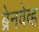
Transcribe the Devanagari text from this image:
ब्रेनवेव्ह